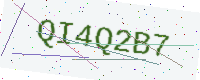
Text: QI4Q2B7